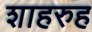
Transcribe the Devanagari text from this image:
शाहरुह